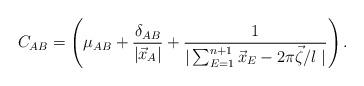
LaTeX: \begin{align*}C_{AB}=\left(\mu_{AB} + \frac{\delta_{AB}}{|\vec x_A|} + \frac{1}{|\sum_{E=1}^{n+1} \vec x_E - 2\pi\vec\zeta/l\;|}\right) .\end{align*}